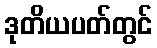
ဒုတိယပတ်တွင်